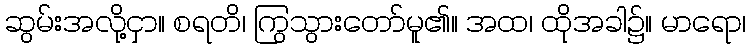
ဆွမ်းအလို့ငှာ။ စရတိ၊ ကြွသွားတော်မူ၏။ အထ၊ ထိုအခါ၌။ မာရော၊